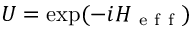
U = \exp ( - i H _ { \mathrm { ~ e ~ f ~ f ~ } } )